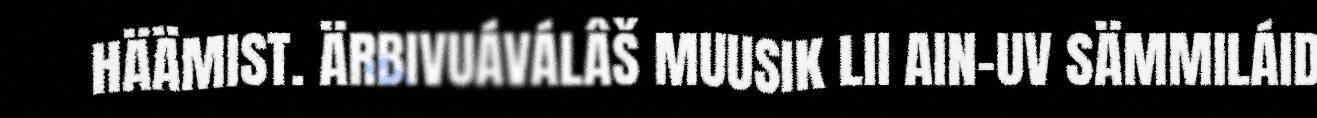
HÄÄMIST. ÄRBIVUÁVÁLÂŠ MUUSIK LII AIN-UV SÄMMILÁID